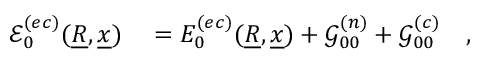
\begin{array} { r l } { \mathcal { E } _ { 0 } ^ { ( e c ) } ( \underline { { R } } , \underline { { x } } ) } & { { } = E _ { 0 } ^ { ( e c ) } ( \underline { { R } } , \underline { { x } } ) + \mathcal { G } _ { 0 0 } ^ { ( n ) } + \mathcal { G } _ { 0 0 } ^ { ( c ) } \quad , } \end{array}